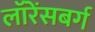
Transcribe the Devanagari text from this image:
लॉरेंसबर्ग